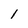
Character: 1